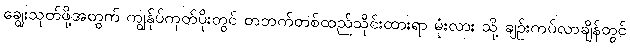
ချွေးသုတ်ဖို့အတွက် ကျွန်ုပ်ကုတ်ပိုးတွင် တဘက်တစ်ထည်သိုင်းထားရာ မုံးလား သို့ ချဉ်းကပ်လာချိန်တွင်